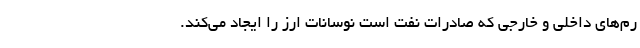
رم‌های داخلی و خارجی که صادرات نفت است نوسانات ارز را ایجاد می‌کند.